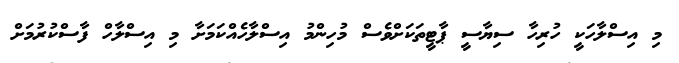
މި އިސްލާހަކީ ހުރިހާ ސިޔާސީ ޕާޓީތަކަށްވެސް މުހިންމު އިސްލާހެއްކަމަށާ މި އިސްލާހް ފާސްކުުރުމަށް